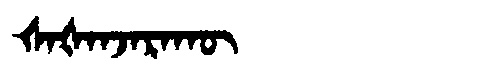
Manchu: ᡧᠠᡧᠠᠨᠵᠠᡵᠠᡴᡡ
Romanization: ŠAŠANJARAKŪ